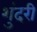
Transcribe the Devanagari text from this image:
शुंदरी